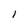
Character: I